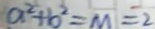
a ^ { 2 } + b ^ { 2 } = m = 2